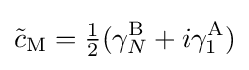
{\tilde {c}}_{\rm {M}}={\tfrac {1}{2}}(\gamma _{N}^{\rm {B}}+i\gamma _{1}^{\rm {A}})